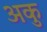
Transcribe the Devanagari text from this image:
अकु